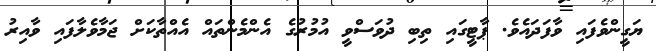
ޔަގީންވެފައި ވާފަދައެވެ. ޕާޓީގައި ތިބި ދުވަސްވީ އުމުރުގެ އެންމެންތައް އެއްތާކަށް ޖަމާވެލާފައި ވާއިރު